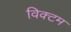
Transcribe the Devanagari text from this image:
विक्टम